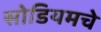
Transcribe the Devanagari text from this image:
सोडियमचे